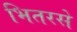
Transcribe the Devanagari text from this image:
भितरसे